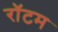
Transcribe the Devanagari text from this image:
रॉटम